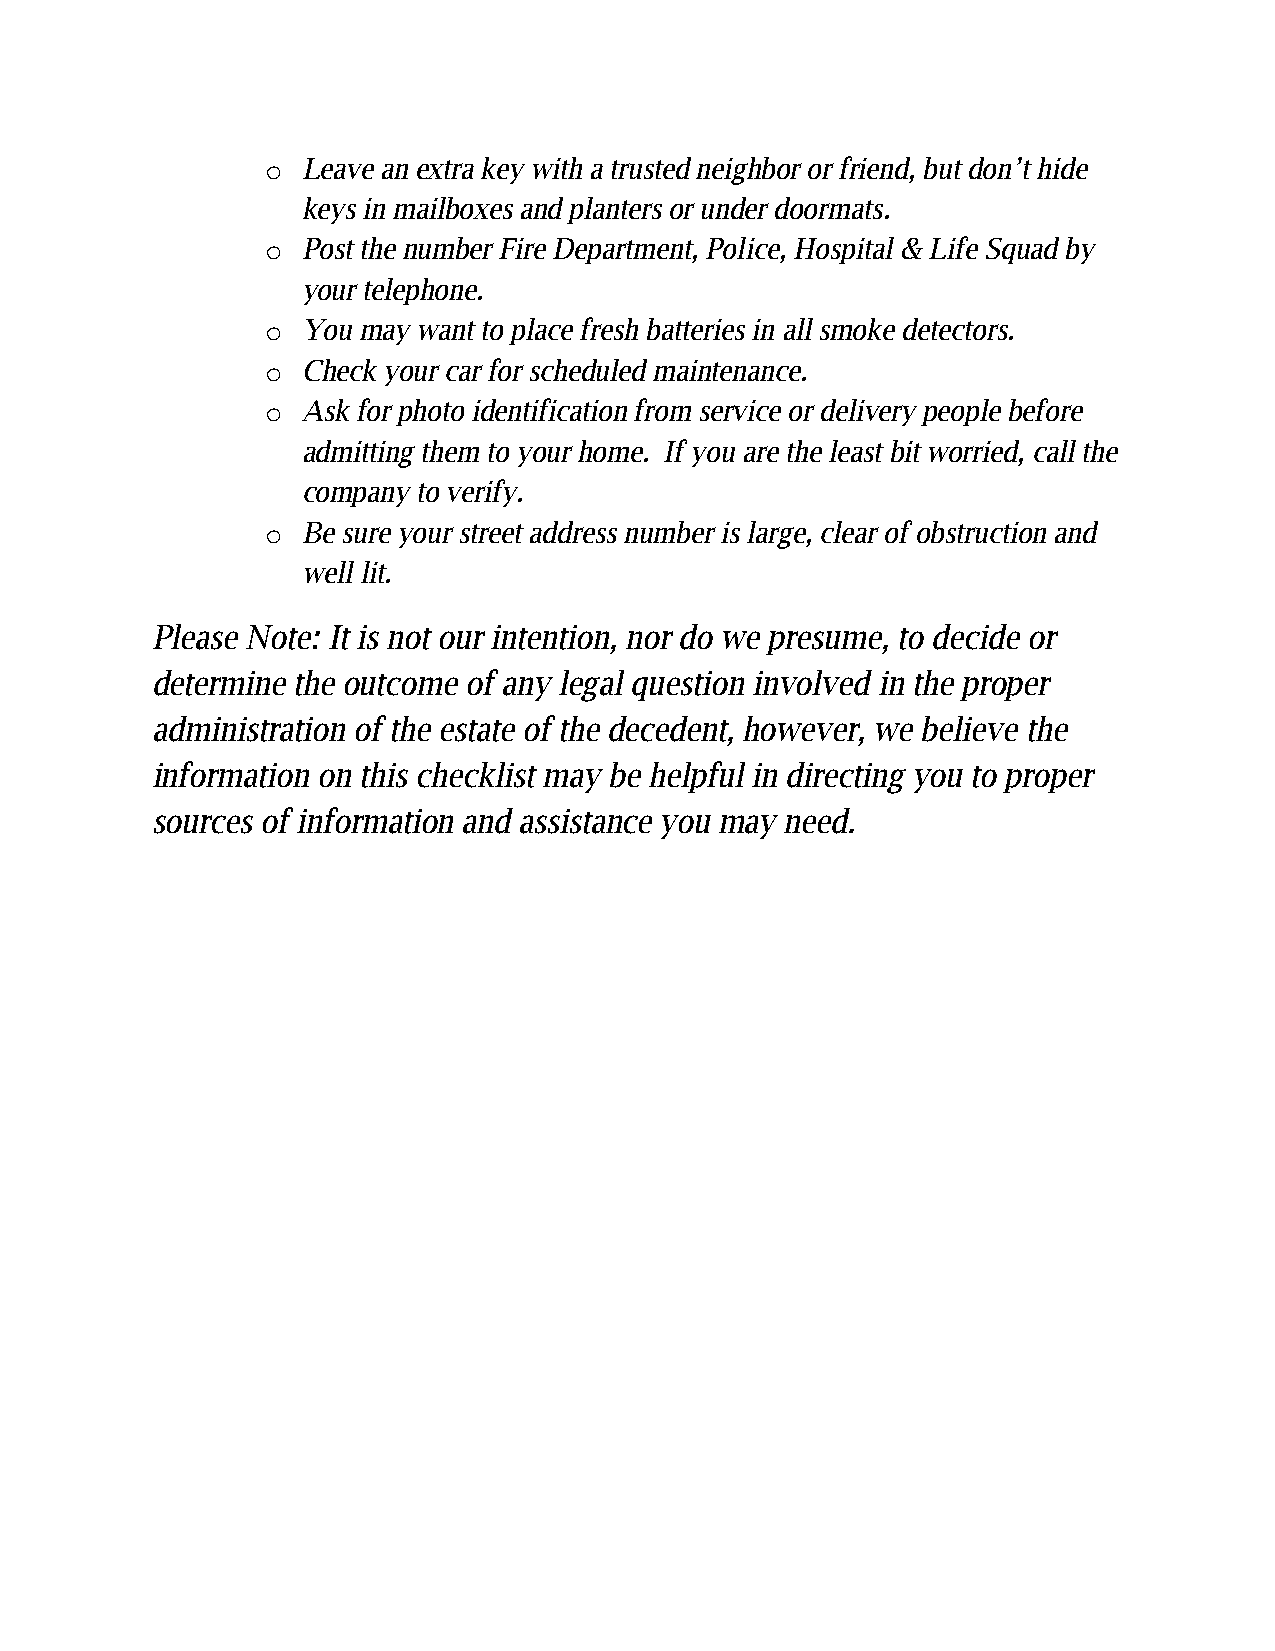
o! Leave an extra key with a trusted neighbor or friend, but don’t hide
 keys in mailboxes and planters or under doormats.
 o! Post the number Fire Department, Police, Hospital & Life Squad by
 your telephone.
 o! You may want to place fresh batteries in all smoke detectors.
 o! Check your car for scheduled maintenance.
 o! Ask for photo identification from service or delivery people before
 admitting them to your home. If you are the least bit worried, call the
 company to verify.
 o! Be sure your street address number is large, clear of obstruction and
 well lit.
 Please Note: It is not our intention, nor do we presume, to decide or
 determine the outcome of any legal question involved in the proper
 administration of the estate of the decedent, however, we believe the
 information on this checklist may be helpful in directing you to proper
 sources of information and assistance you may need.
 !